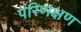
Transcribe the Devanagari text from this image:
परिणक्षण